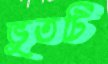
ভুতটি